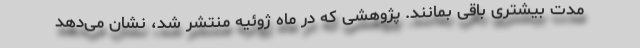
مدت بیشتری باقی بمانند. پژوهشی که در ماه ژوئیه منتشر شد، نشان می‌دهد